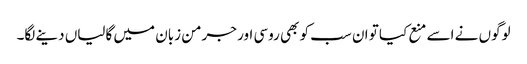
لوگوں نے اسے منع کیا تو ان سب کو بھی روسی اور جرمن زبان میں گالیاں دینے لگا۔